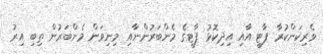
ވެރިކަންކުރާ ޕާޓީ އާއި އިދިކޮޅު ޕާޓީގެ މެންބަރުންނާއި މިނިވަން މެންބަރުން ތިބި އިރު